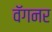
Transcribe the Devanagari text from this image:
वॅगनर